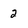
Character: 2